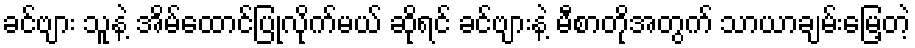
ခင်ဗျား သူနဲ့ အိမ်ထောင်ပြုလိုက်မယ် ဆိုရင် ခင်ဗျားနဲ့ မီစာတိုအတွက် သာယာချမ်းမြေ့တဲ့